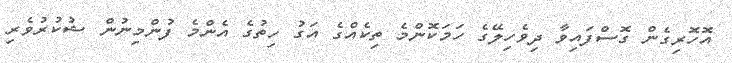
އޮހޮރިގެން ގޮސްފައިވާ ދިވެހިލޭގެ ހަމަކޮންމެ ތިކެއްގެ އަގު ހިތުގެ އެންމެ ފުންމިނުން ޝުކުރުވެރި